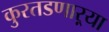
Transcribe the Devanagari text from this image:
कुरतडणाऱ्या